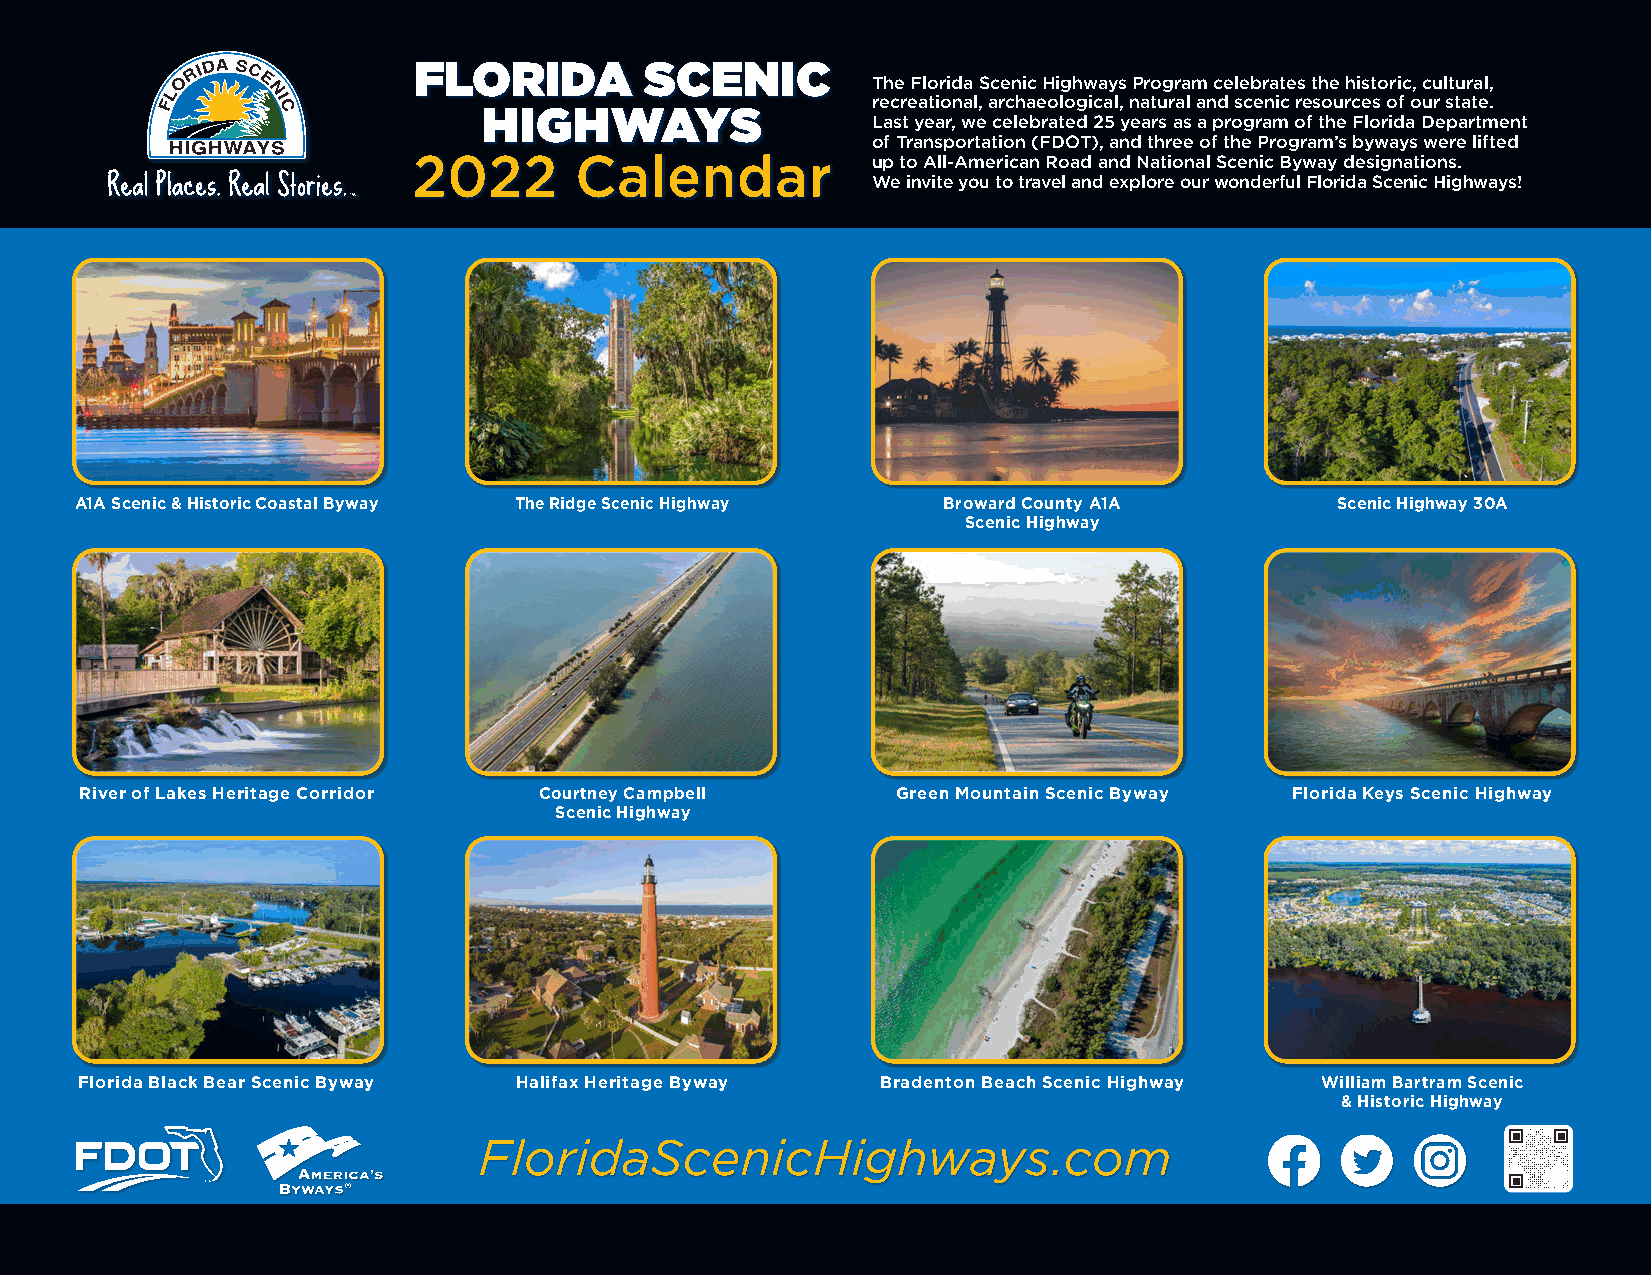
FLORIDA         SCENIC
 The Florida Scenic Highways Program celebrates the historic, cultural,
 recreational, archaeological, natural and scenic resources of our state.
 HIGHWAYS                  Last year, we celebrated 25 years as a program of the Florida Department
 of Transportation (FDOT), and three of the Program’s byways were lifted
 2022       Calendar            up to All-American Road and National Scenic Byway designations.
 We invite you to travel and explore our wonderful Florida Scenic Highways!
 A1A Scenic & Historic Coastal Byway The Ridge Scenic Highway Broward County A1A    Scenic Highway 30A
 Scenic Highway
 River of Lakes Heritage Corridor Courtney Campbell    Green Mountain Scenic Byway Florida Keys Scenic Highway
 Scenic Highway
 Florida Black Bear Scenic Byway Halifax Heritage Byway Bradenton Beach Scenic Highway William Bartram Scenic
 & Historic Highway
 FloridaScenicHighways.com